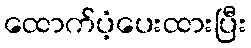
ထောက်ပံ့ပေးထားပြီး